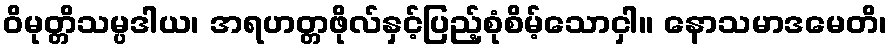
ဝိမုတ္တိသမ္ပဒါယ၊ အရဟတ္တဖိုလ်နှင့်ပြည့်စုံစိမ့်သောငှါ။ နောသမာဒမေတိ၊